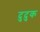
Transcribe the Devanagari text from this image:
दुदुक